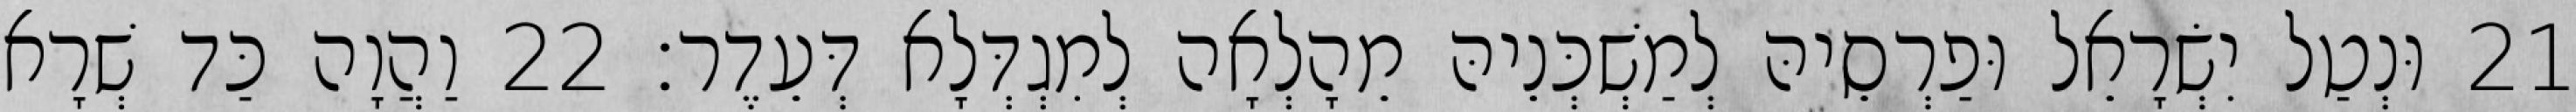
21 וּנְטַל יִשְׂרָאֵל וּפַרְסֵיהּ לְמַשְׁכְּנֵיהּ מֵהָלְאָה לְמִגְדְּלָא דְּעֵדֶר׃ 22 וַהֲוָה כַּד שְׁרָא